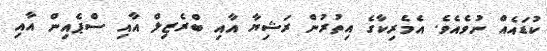
ކުޑައެއް ނުވެއެވެ. އެމެރިކާގެ އިތުރުން ރަޝިޔާ އާއި ބްރެޒިލް އާއި ސްޕެއިން އާއި